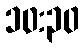
၁၀:၃၀